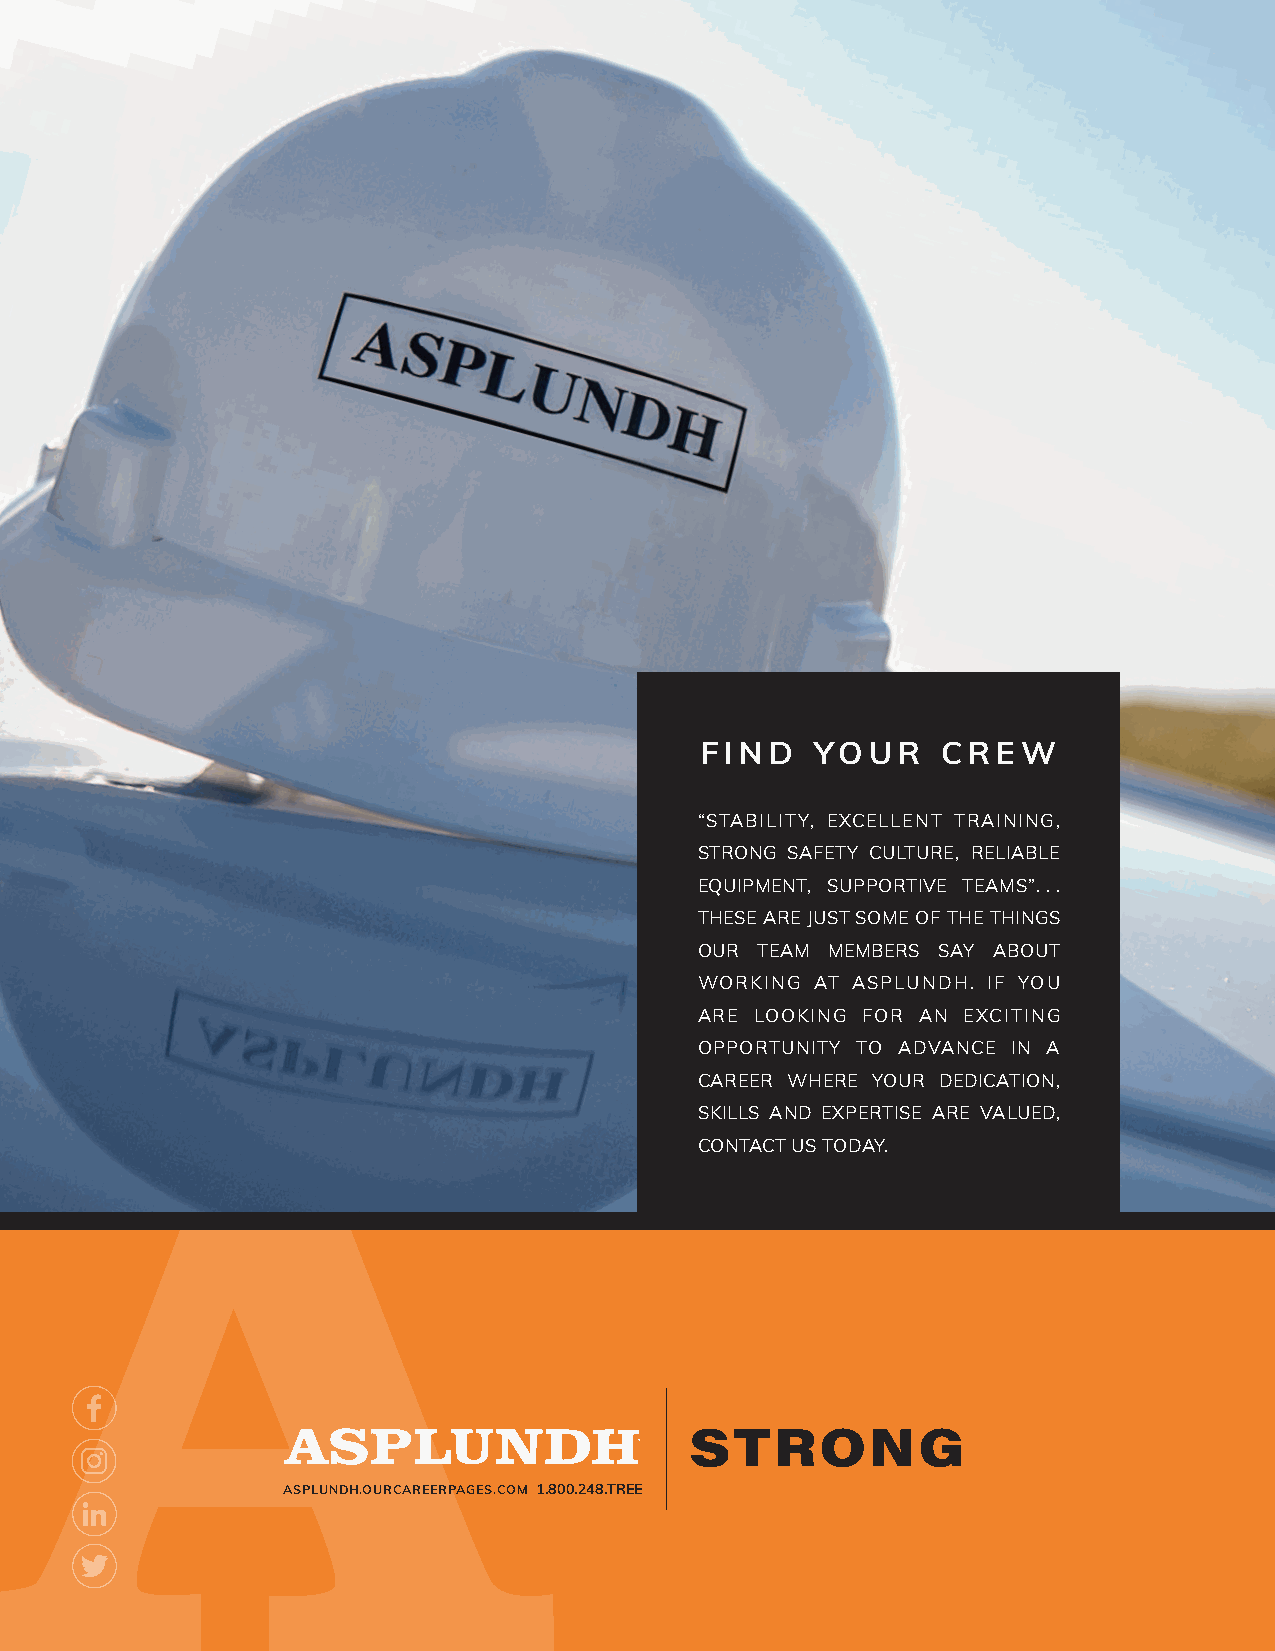
FIND    YOUR    CREW
 “STABILITY, EXCELLENT TRAINING,
 STRONG SAFETY CULTURE, RELIABLE
 EQUIPMENT, SUPPORTIVE TEAMS”...
 THESE ARE JUST SOME OF THE THINGS
 OUR TEAM MEMBERS SAY ABOUT
 WORKING AT ASPLUNDH. IF YOU
 ARE LOOKING FOR AN EXCITING
 OPPORTUNITY TO ADVANCE IN A
 CAREER WHERE YOUR DEDICATION,
 SKILLS AND EXPERTISE ARE VALUED,
 CONTACT US TODAY.
 ASPLUNDH.OURCAREERPAGES.COM 1 .800.248.TREE